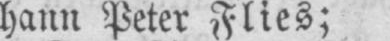
hann Peter Flies;